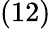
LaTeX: (12)